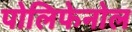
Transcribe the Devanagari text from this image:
पोलिफेनोल